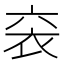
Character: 𫋴